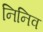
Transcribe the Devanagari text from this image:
निनिव